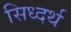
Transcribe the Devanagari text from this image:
सिध्दर्थ